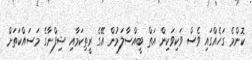
ކޮންމެ ގަހެއްގައި ވެސް ވަކިވަކިން އަތް ބީއްސާލަމުން އޭގެ ރީތިކަމާއި ޝިފްނާގެ މަސައްކަތަށް